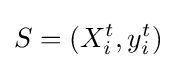
S=(X_{i}^{t},y_{i}^{t})